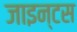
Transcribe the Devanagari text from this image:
जाइन्टस